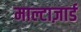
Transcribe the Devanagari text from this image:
माल्टाज़ार्ड